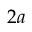
2 a